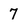
Character: 7